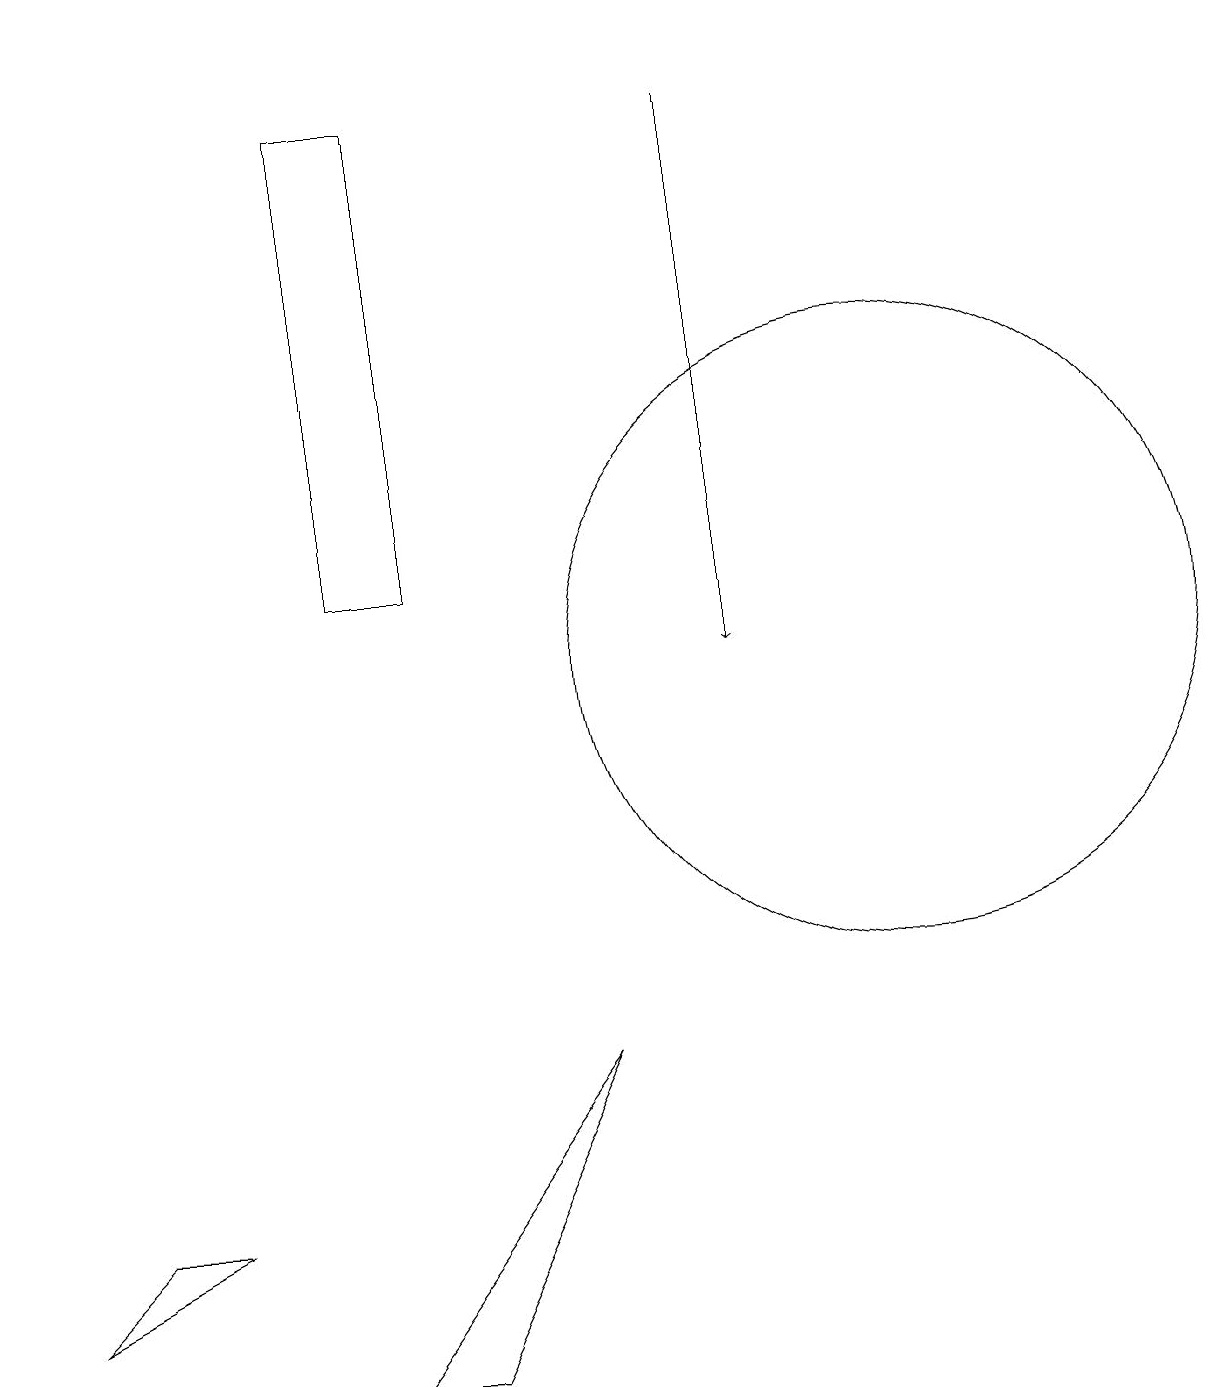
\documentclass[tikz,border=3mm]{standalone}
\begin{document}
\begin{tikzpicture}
\draw (0,3) -- (1,4) -- (2,4) -- cycle;
\draw (11,11) circle (4);
\draw (0,19) rectangle (0,15);
\draw (7,6) -- (4,2) -- (5,2) -- cycle;
\draw (4,18) rectangle (5,12);
\draw[->] (9,18) -- (9,11);
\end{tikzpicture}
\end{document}